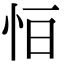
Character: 𢘆